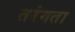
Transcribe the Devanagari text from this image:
तरंगता